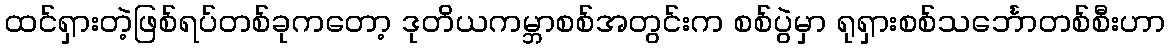
ထင်ရှားတဲ့ဖြစ်ရပ်တစ်ခုကတော့ ဒုတိယကမ္ဘာစစ်အတွင်းက စစ်ပွဲမှာ ရုရှားစစ်သင်္ဘောတစ်စီးဟာ